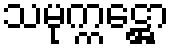
သမုက္ကဋ္ဌော